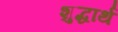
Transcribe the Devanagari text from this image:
शुद्धार्थ